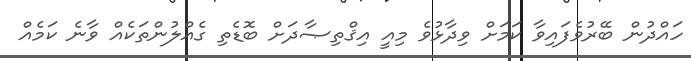
ހައްދުން ބޭރުވެފައިވާ ކަމަށް ވިދާޅުވެ މިއީ އިޤްތިޞާދަށް ބޮޑެތި ގެއްލުންތަކެއް ވާނެ ކަމެއް